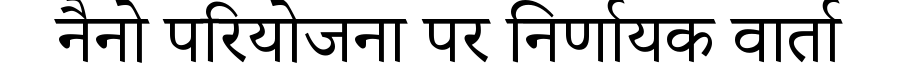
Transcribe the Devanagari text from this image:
नैनो परियोजना पर निर्णायक वार्ता